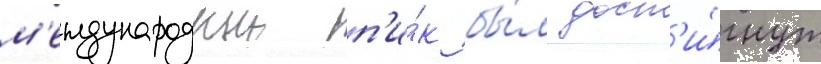
м'еждународныи п'и́к бы́л дост'и́гнут